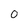
Character: O